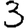
Digit: 3